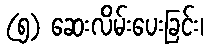
(၅) ဆေးလိမ်းပေးခြင်း၊